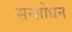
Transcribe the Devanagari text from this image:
सन्शोधन